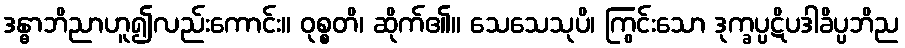
ဒန္ဓာဘိညာဟူ၍လည်းကောင်း။ ဝုစ္စတိ၊ ဆိုက်၏။ သေသေသုပိ၊ ကြွင်းသော ဒုက္ခပ္ပဋိပဒါခိပ္ပဘိည